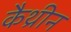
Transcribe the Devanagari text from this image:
कैथ्रीन